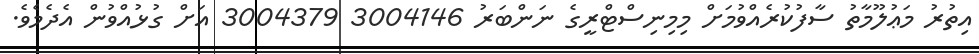
އިތުރު މަޢުލޫމާތު ސާފުކުރެއްވުމަށް މިމިނިސްޓްރީގެ ނަންބަރު 3004146 3004379 އަށް ގުޅުއްވުން އެދެމެވެ.